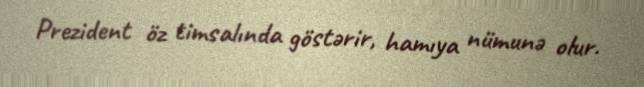
Prezident öz timsalında göstərir, hamıya nümunə olur.